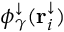
\phi _ { \gamma } ^ { \downarrow } ( \mathbf { r } _ { i } ^ { \downarrow } )